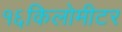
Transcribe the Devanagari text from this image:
१६किलोमीटर